Vaccination in the Punjab 1905-1918 - 1905-1918
Year: 1905
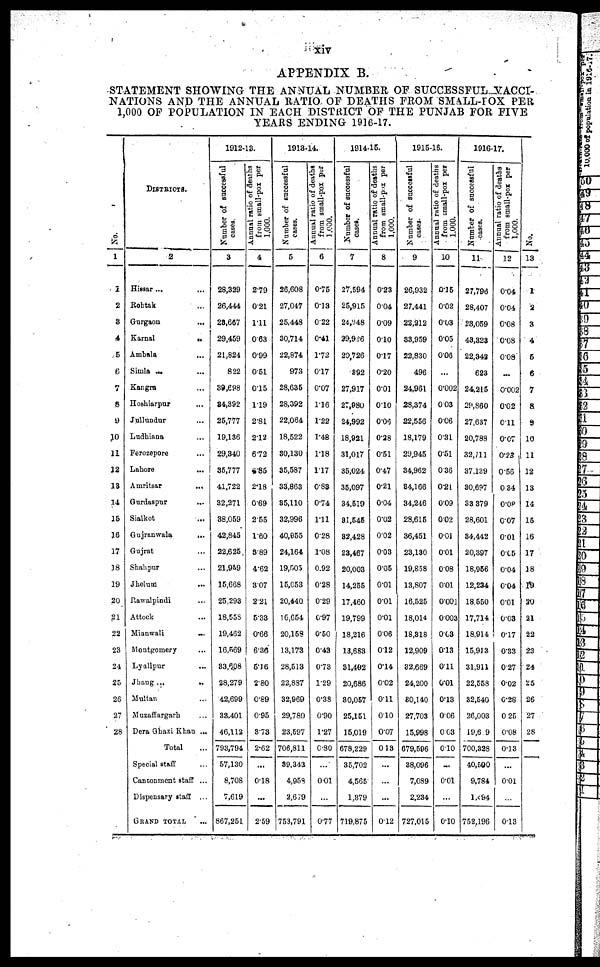
xiv
APPENDIX B.
STATEMENT SHOWING THE ANNUAL NUMBER OF SUCCESSFUL VACCI¬
NATIONS AND THE ANNUAL RATIO OF DEATHS FROM SMALL-POX PER
1,000 OF POPULATION IN EACH DISTRICT OF THE PUNJAB FOR FIVE
YEARS ENDING 1916-17.
No.
1
1
2
3
4
5
6
7
8
9
10
11
12
13
14
15
16
17
18
19
20
21
22
23
24
25
26
27
28
DISTRICTS.
2
Hissar ... ...
Rohtak ... ...
Gurgaon ... ...
Karnal
... ...
Ambala
... ...
Simla ... ...
Kangra ... ...
Hoshiarpur ... ...
Jullundur ... ...
Ludhiana ... ...
Ferozepore ... ...
Lahore
... ...
Amritsar
... ...
Gurdaspur
... ...
Sialkot ... ...
Gujranwala
... ...
Gujrat ... ...
Shahpur ... ...
Jhelum ... ...
Rawalpindi ... ...
Attock ... ...
Mianwali
... ...
Montgomery ... ...
Lyallpur ... ...
Jhang ...
...
Multan ... ...
Muzaffargarh ... ...
Dera Ghazi Khan ...
Total ...
Special Staff ...
Cantonment staff ...
Dispensary staff ...
GRAND TOTAL ...
1912-13.
Number of successful
cases.
3
28,329
26,444
23,667
29,459
21,824
822
39,698
34,392
25,777
19,136
29,340
35,777
41,722
32,271
88,059
42,845
22,625
21,959
15,668
25,293
18,558
19,462
16,569
83,608
28,279
42,699
33,401
46,112
793,794
57,130
8,708
7,619
867,251
Annual ratio of deaths
from small-pox per
1,000.
4
2.79
0.21
1.11
0.63
0.99
0.51
0.15
1.19
2.81
2.12
6.72
4.85
2.18
0.69
2.55
1.60
3.89
4.62
3.07
2.21
5.33
0.66
6.36
5.16
2.80
0.89
0.95
3.73
2.62
...
0.18
...
2.59
1913-14.
Number of successful
cases.
5
26,608
27,047
25,448
30,714
22,874
973
28,635
28,392
22,064
18,522
30,130
35,587
33,863
35,110
32,996
40,955
24,164
19,505
15,058
20,440
16,654
20,158
13,173
28,513
22,837
32,969
29,780
23,597
706,811
39,343
4,958
2,679
753,791
Annual ratio of deaths
from small-pox per
1,000.
6
0.75
0.13
0.22
0.41
1.72
0.17
0.07
1.16
1.22
1.48
1.18
1.17
0.88
0.74
1.11
0.28
1.08
0.92
0.28
0.29
0.97
0.50
0.43
0.73
1.29
0.38
0.90
1.27
0.80
...
0.01
...
0.77
1914-15.
Number of successful
cases.
7
27,594
25,915
24,948
29,926
20,726
892
27,917
27,980
24,992
18,921
31,017
35,024
35,097
34,519
31,545
32,428
23,467
20,003
14,255
17,460
19,799
18,216
13,683
31,492
20,686
30,057
25,151
15,019
678,229
35,702
4,565
1,379
719,875
Annual ratio of deaths
from small-pox per
1,000.
8
0.23
0.04
0.09
0.10
0.17
0.20
0.01
0.10
0.06
0.28
0.51
0.47
0.21
0.04
0.02
0.02
0.03
0.05
0.01
0.01
0.01
0.06
0.12
0.14
0.02
0.11
0.10
0.07
0.13
...
...
...
0.12
1915-16.
Number of successful
cases.
9
26,932
27,441
22,212
33,959
22,830
496
24,961
28,374
22,556
18,179
29,945
34,962
34,166
34,246
28,615
36,451
23,130
19,858
13,807
16,525
18,014
18,318
12,909
32,669
24,200
80,140
27,703
15,998
679,596
38,096
7,089
2,234
727,015
Annual ratio of deaths
from small-pox per
1,000.
10
0.15
0.02
0.03
0.05
0.06
...
0.002
0.03
0.06
0.31
0.51
0.36
0.21
0.09
0.02
0.01
0.01
0.08
0.01
0.001
0.003
0.03
0.13
0.11
0.01
0.13
0.06
0.03
0.10
...
0.01
...
0.10
1916-17.
Number of successful
cases.
11
27,796
28,407
28,059
43,323
22,342
623
24,215
29,860
27,637
20,788
32,111
37,139
30,697
33,379
28,601
34,442
20,397
18,956
12,234
18,550
17,714
18,914
15,913
31,911
22,558
32,540
26,003
19,6 9
700,328
40,590
9,784
1,094
752,196
Annual ratio of deaths
from small-pox per
1,000.
12
0.04
0.04
0.08
0.08
0.08
...
0.002
0.02
0.11
0.07
0.23
0.56
0.34
0.08
0.07
0.01
0.05
0.04
0.04
0.01
0.03
0.17
0.33
0.27
0.02
0.28
0.25
0.08
0.13
...
0.01
0.13
No.
13
1
2
3
4
5
6
7
8
9
10
11
12
13
14
15
16
17
18
19
20
21
22
23
24
25
26
27
28